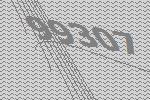
99307